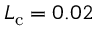
L _ { \mathrm { c } } = 0 . 0 2